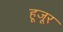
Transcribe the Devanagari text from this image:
हूजूर